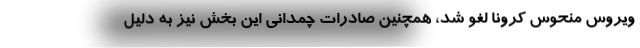
ویروس منحوس کرونا لغو شد، همچنین صادرات چمدانی این بخش نیز به دلیل